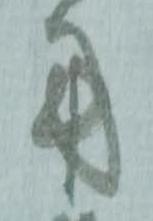
用